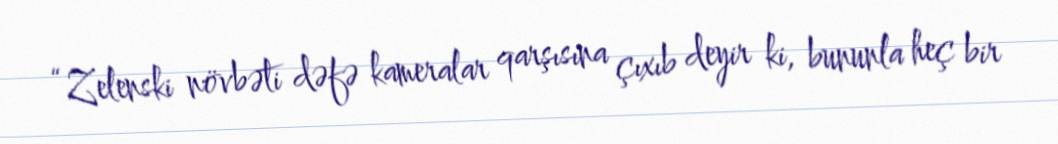
“Zelenski növbəti dəfə kameralar qarşısına çıxıb deyir ki, bununla heç bir